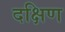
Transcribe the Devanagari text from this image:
दक्षिण्‍ा